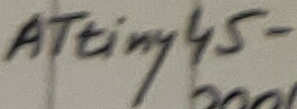
Text: ATtiny45